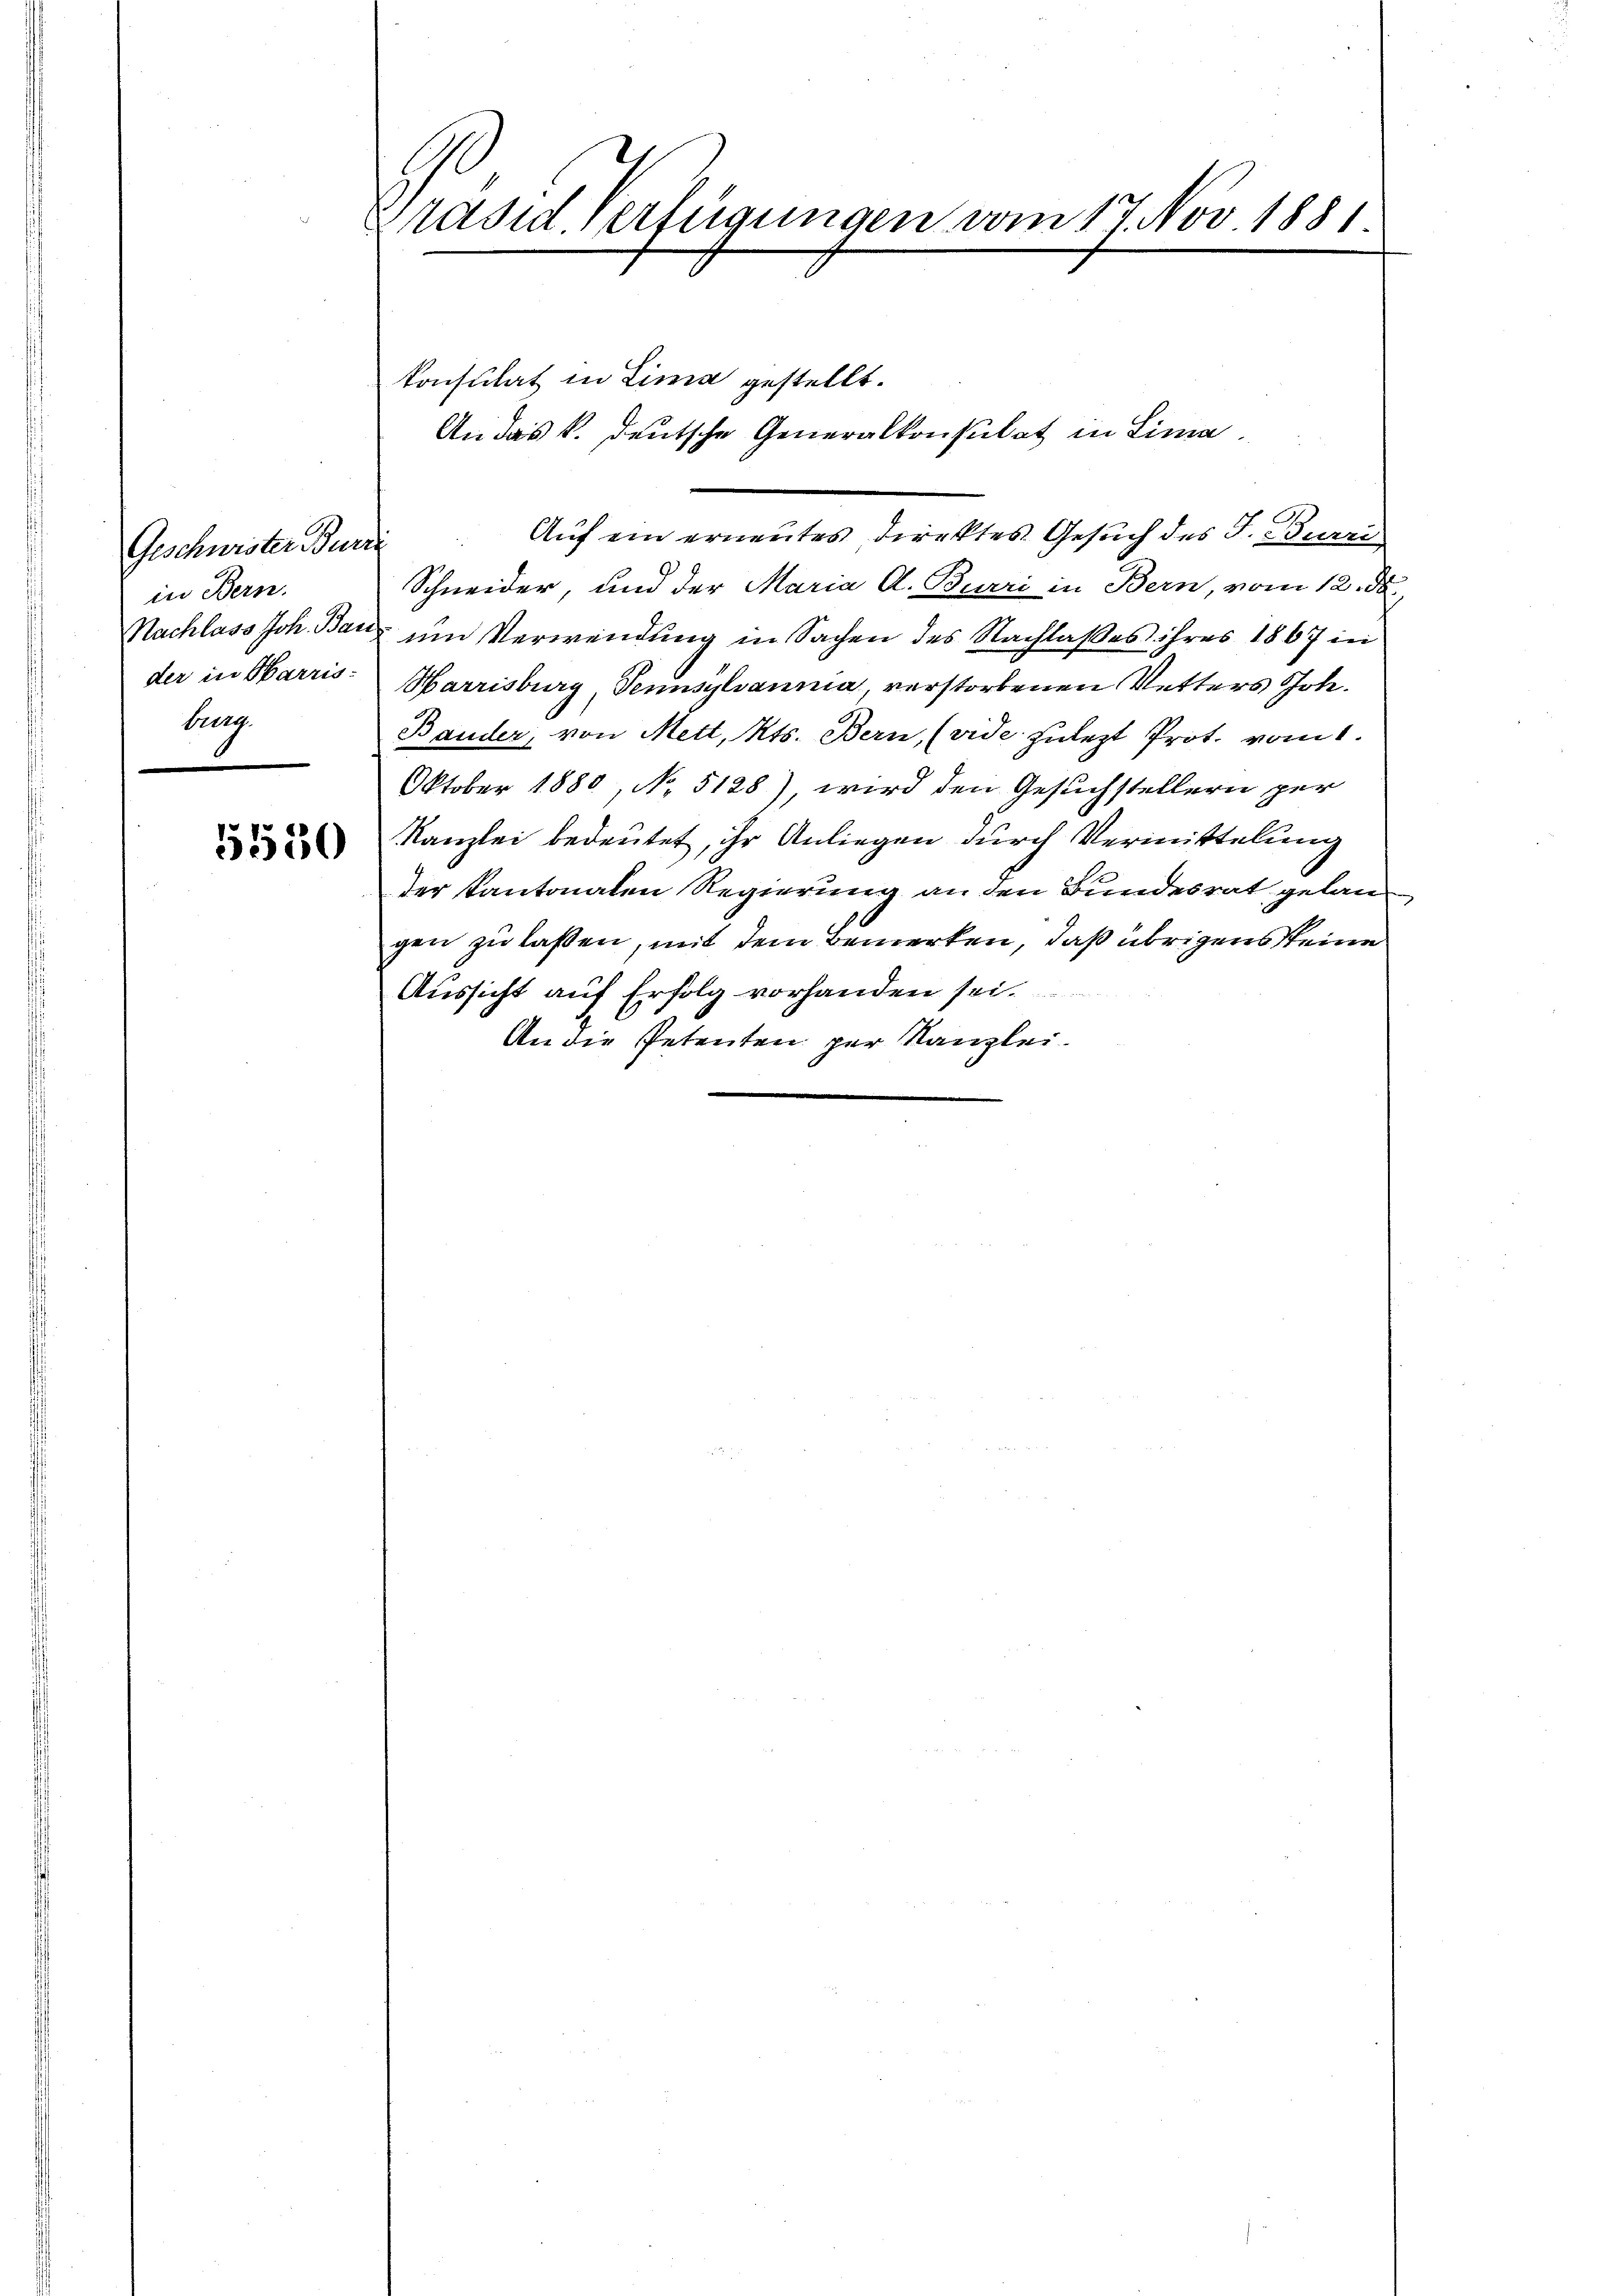
Geschwister Burri
in Bern.
der in Barris
berg
.

5550

Präsid. Verfügungen vom 17. Nov. 1881

konsulat in Lima gestellt.
Auf ein ernenntes Direktes Gesuch des J. Burri
Schneider, und der Maria A. Burri in Bern, vom 12. ds.
Nachlass Joh. Bau um Verwendung in Sachen des Nachlaßes ihres 1867 in
Harrisburg, Tennsylvannia, verstorbenen Vetters Joh.
Bauder, von Mett, Kts. Bern, (vide zulezt Prot. vom 1.
Oktober 1880, No 5128), wird den Gesuchstellern per
Kanzlei bedeutet, ihr Anliegen durch Vermittelung
der Kantonalen Regierung an den Bundesrat gelangen zu lassen, mit dem Bemerken, daß übrigens Steine
Aussicht auf Erfolg vorhanden sei.
An die Petenten per Kanzlei.

An das k. deutsche Generalkonsulat in Lima.